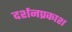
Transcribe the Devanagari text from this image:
दर्शनप्रकाश